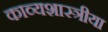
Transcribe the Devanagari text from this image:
काव्यशास्त्रीया